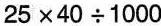
25×40÷1000